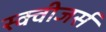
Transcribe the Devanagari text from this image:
स्क्वीजर्स